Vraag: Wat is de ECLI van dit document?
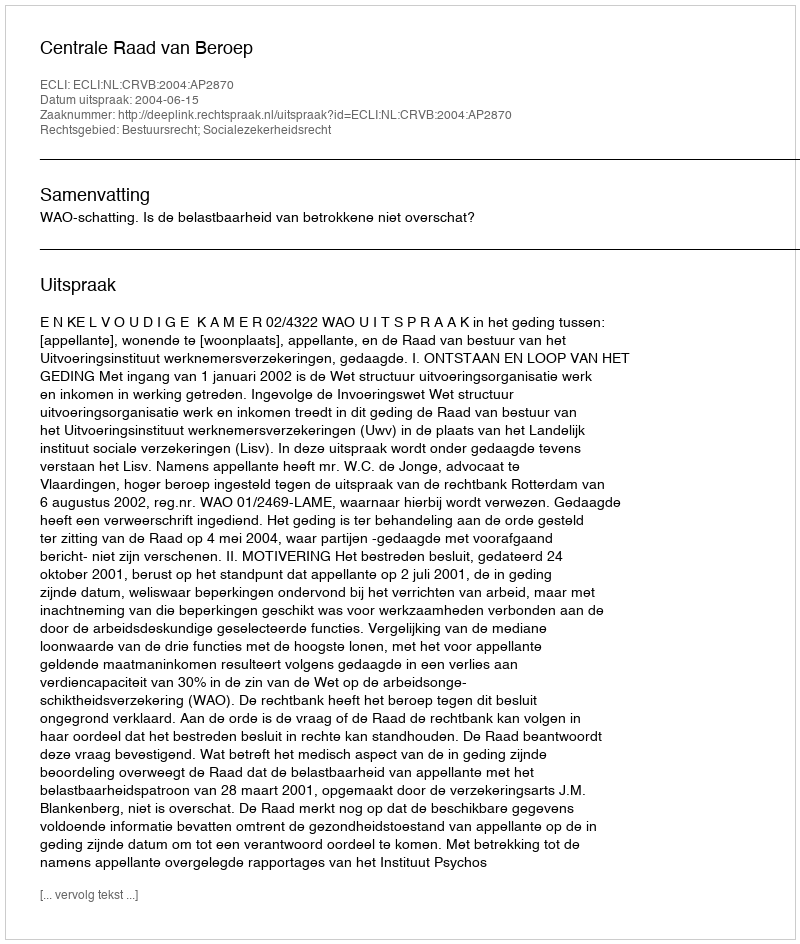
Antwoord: ECLI:NL:CRVB:2004:AP2870